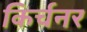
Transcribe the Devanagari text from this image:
किर्चनर